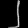
Digit: ၂